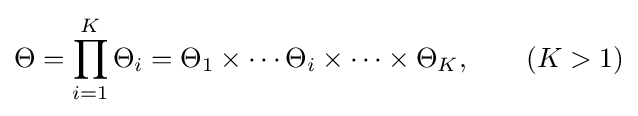
\Theta =\prod _{i=1}^{K}\Theta _{i}=\Theta _{1}\times \cdots \Theta _{i}\times \cdots \times \Theta _{K},\quad \quad (K>1)